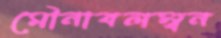
মৌনাবলম্বন